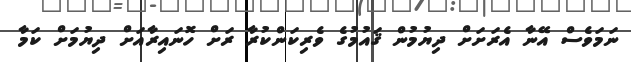
ނަމަވެސް އޭނާ އެރަށަށް ދިޔުމުން ޤައުމުގެ ވެރިކަންކުރާ ރަށް ހޮނައިރާއަށް ދިޔުމަށް ކަމާ